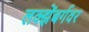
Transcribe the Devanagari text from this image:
लक्झेंबर्गवर